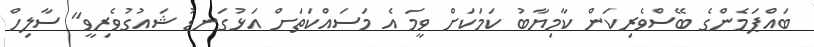
ބައްޕަމެންގެ ބޭސްވެރިކަން ކާމިޔާބު ކަމަކަށް ވީމަ އެ މަސައްކަތަށް އަޅުގަނޑު ޝައުގުވެރިވީ" ސާލިހް